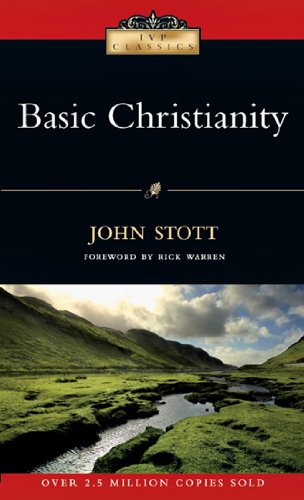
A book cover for Basic Christianity (IVP Classics); John Stott; Christian Books & Bibles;